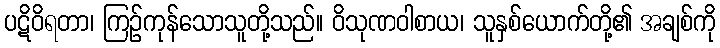
ပဋိဝိရတာ၊ ကြဉ်ကုန်သောသူတို့သည်။ ဝိသုဏဝါစာယ၊ သူနှစ်ယောက်တို့၏ အချစ်ကို